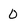
Character: 0